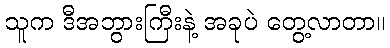
သူက ဒီအဘွားကြီးနဲ့ အခုပဲ တွေ့လာတာ။